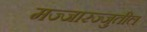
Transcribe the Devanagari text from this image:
मज्जारज्जुतील